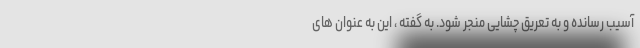
آسیب رسانده و به تعریق چشایی منجر شود. به گفته ، این به عنوان های